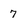
Character: 7